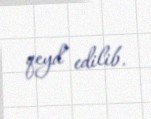
qeyd edilib.